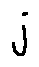
j